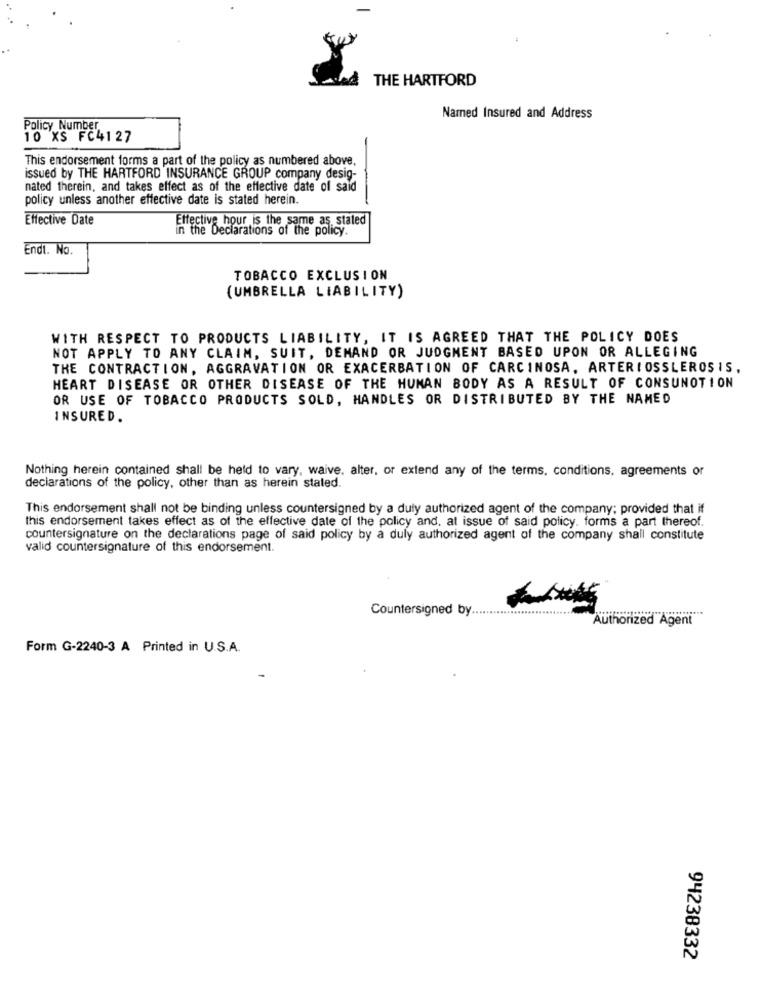
THE HARTFORD
Named Insured and Address
Policy Number
10 XS FC41 27
This endorsement forms a part of the policy as numbered above.
issued by THE HARTFORD INSURANCE GROUP company desig-
nated therein, and takes effect as of the effective date of said
policy unless another effective date is stated herein.
Effective Date
Effective hour is the same as, stated
in the Declarations of the policy.
Endi. No.
TOBACCO EXCLUSION
(UMBRELLA LIABILITY)
WITH RESPECT TO PRODUCTS LIABILITY, IT IS AGREED THAT THE POLICY DOES
NOT APPLY TO ANY CLAIM, SUIT, DEMAND OR JUDGMENT BASED UPON OR ALLEGING
THE CONTRACTION, AGGRAVATION OR EXACERBATION OF CARCINOSA. ARTERIOSSLEROSIS,
HEART DISEASE OR OTHER DISEASE OF THE HUMAN BODY AS A RESULT OF CONSUNOTION
OR USE OF TOBACCO PRODUCTS SOLD, HANDLES OR DISTRIBUTED BY THE NAMED
INSURED.
Nothing herein contained shall be held to vary, waive. alter, or extend any of the terms, conditions, agreements or
declarations of the policy, other than as herein stated.
This endorsement shall not be binding unless countersigned by a duly authorized agent of the company; provided that if
this endorsement takes effect as of the effective date of the policy and, at issue of said policy. forms a part thereof.
countersignature on the declarations page of said policy by a duly authorized agent of the company shall constitute
valid countersignature of this endorsement.
Countersigned by ..
Authorized"
Form G-2240-3 A Printed in U.S.A.
94238332